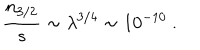
{ \frac { n _ { 3 / 2 } } { s } } \sim \lambda ^ { 3 / 4 } \sim 1 0 ^ { - 1 0 } \ .